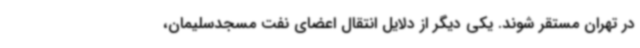
در تهران مستقر شوند. یکی دیگر از دلایل انتقال اعضای نفت مسجدسلیمان،